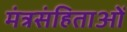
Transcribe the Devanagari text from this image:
मंत्रसंहिताओं